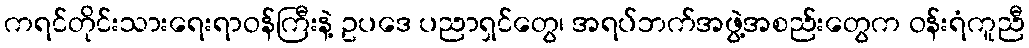
ကရင်တိုင်းသားရေးရာဝန်ကြီးနဲ့ ဥပဒေ ပညာရှင်တွေ၊ အရပ်ဘက်အဖွဲ့အစည်းတွေက ဝန်းရံကူညီ